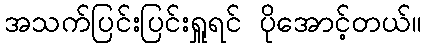
အသက်ပြင်းပြင်းရှူရင် ပိုအောင့်တယ်။